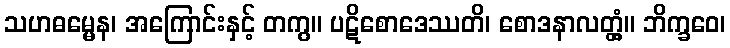
သဟဓမ္မေန၊ အကြောင်းနှင့် တကွ။ ပဋိစောဒေဿတိ၊ စောဒနာလတ္တံ့။ ဘိက္ခဝေ၊